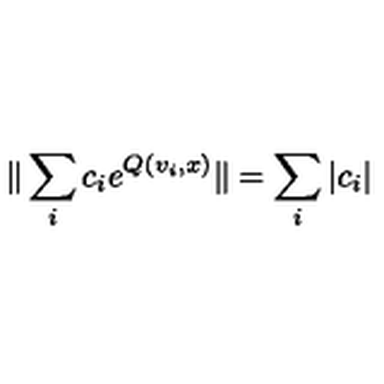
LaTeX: \| \sum _ { i } c _ { i } e ^ { Q ( v _ { i } , x ) } \| = \sum _ { i } | c _ { i } |